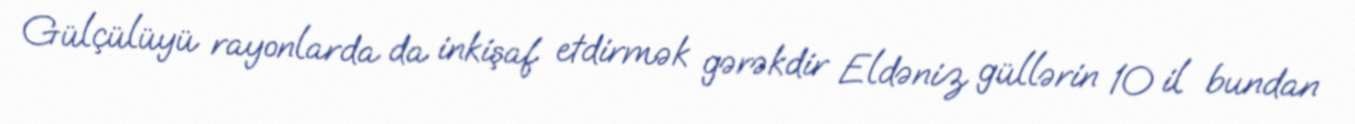
Gülçülüyü rayonlarda da inkişaf etdirmək gərəkdir Eldəniz güllərin 10 il bundan